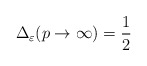
\begin{align*}\Delta_{\varepsilon}(p\rightarrow\infty)=\frac{1}{2}\end{align*}